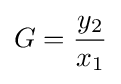
G={\frac {y_{2}}{x_{1}}}